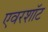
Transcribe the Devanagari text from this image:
एवरशॉट